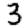
Digit: 3